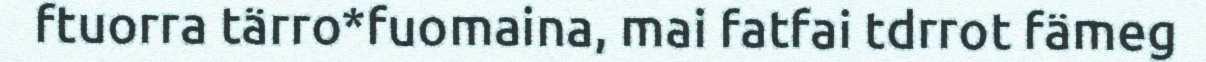
ftuorra tärro*fuomaina, mai fatfai tdrrot fämeg